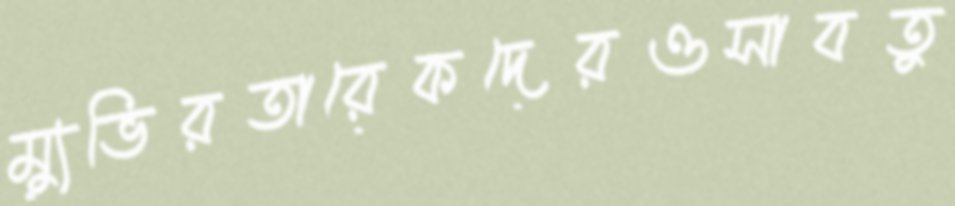
ম্যুভিরতারেকদেরওসাবতু